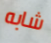
شابه